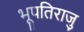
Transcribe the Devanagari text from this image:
भूपतिराजु